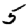
Digit: 5